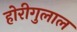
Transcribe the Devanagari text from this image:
होरीगुलाल